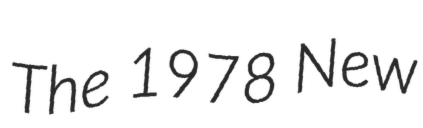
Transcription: The 1978 New